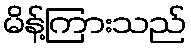
မိန့်ကြားသည်